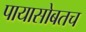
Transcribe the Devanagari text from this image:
पायासोबतच